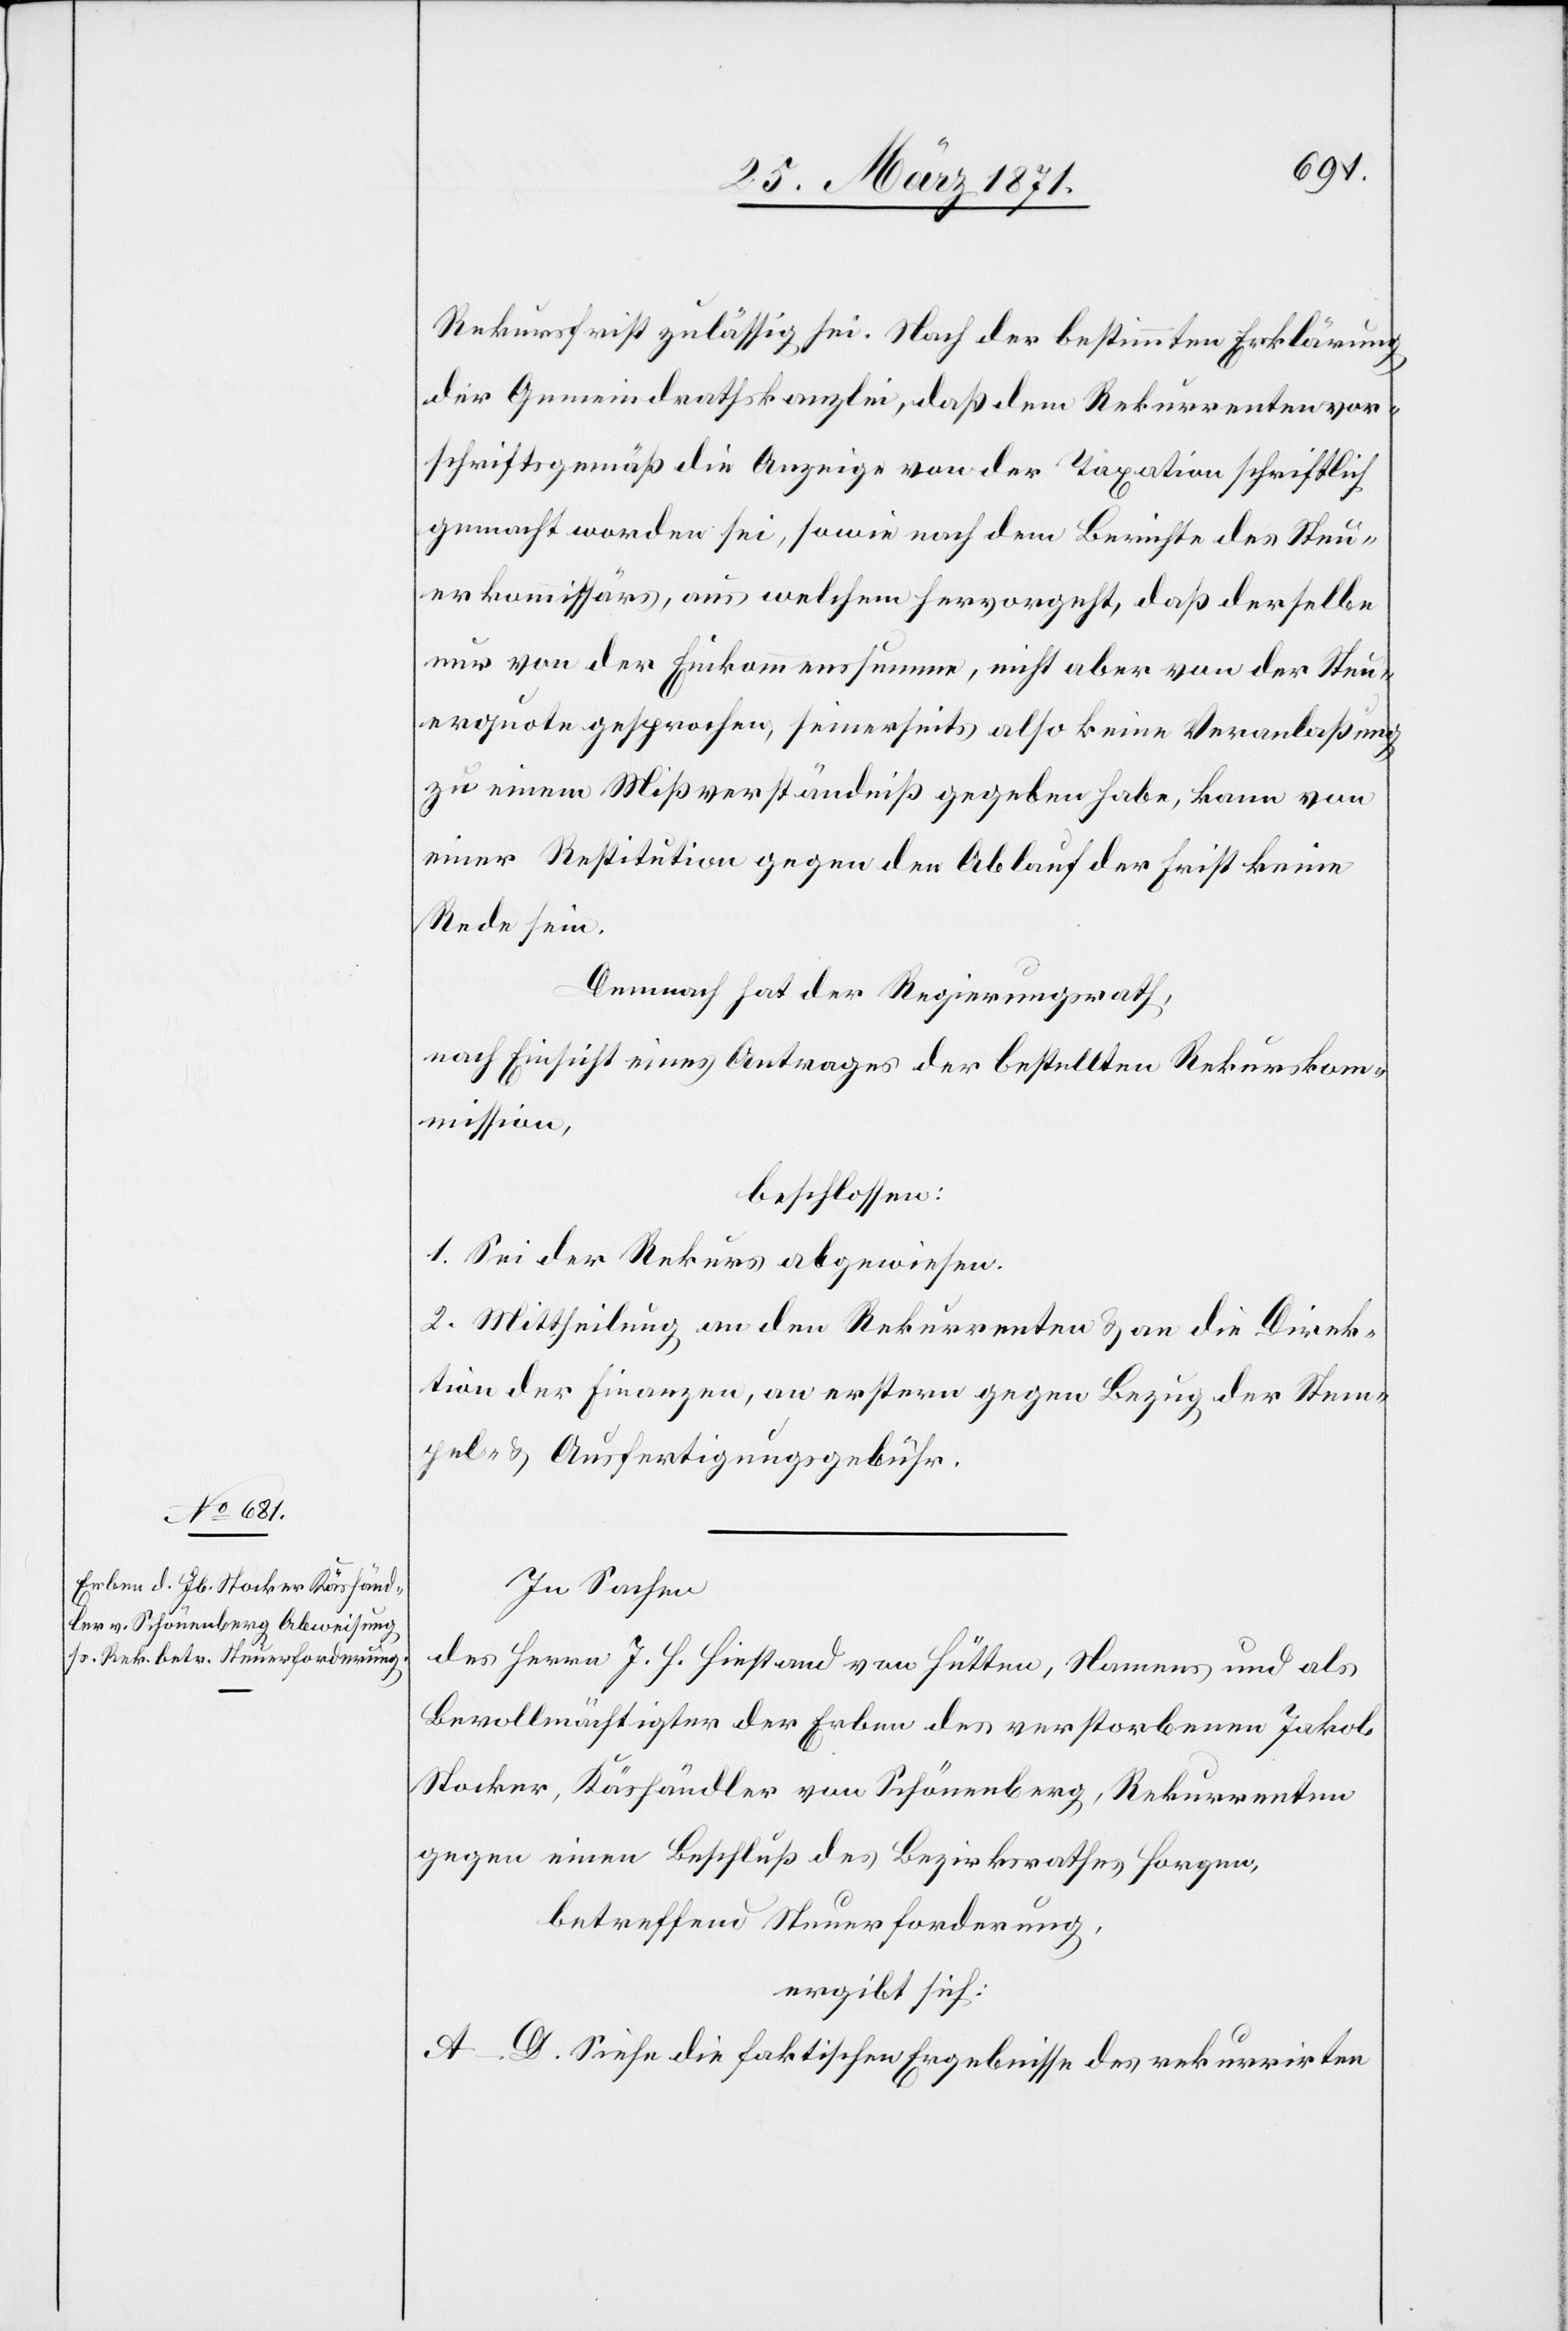
Rekursfrist zulässig sei. Nach der bestimmten Erklärung
der Gemeindrathskanzlei, daß dem Rekurrenten vor¬
schriftsgemäß die Anzeige von der Taxation schriftlich
gemacht worden sei, sowie nach dem Berichte des Steu¬
erkommissärs, aus welchem hervorgeht, daß derselbe
nur von der Einkommenssumme, nicht aber von der Steu¬
erquote gesprochen, seinerseits also keine Veranlaßung
zu einem Mißverständniß gegeben habe, kann von
einer Restitution gegen den Ablauf der Frist keine
Rede sein.
Demnach hat der Regierungsrath,
nach Einsicht eines Antrages der bestellten Rekurskom¬
mission,
beschlossen:
1. Sei der Rekus abgewiesen.
2. Mittheilung an den Rekurrenten u. an die Direk¬
tion der Finanzen, an erstere gegen Bezug der Stem¬
pel- u. Ausfertigungsgebühr.
In Sachen
des Herrn J. H. Hiestand von Hütten, Namens und als
Bevollmächtigter der Erben des verstorbenen Jakob
Stocker, Käshändler von Schönenberg, Rekurrenten
gegen einen Beschluß des Bezirksrathes Horgen,
betreffend Steuerforderung,
ergibt sich:
A–D. Siehe die faktischen Ergebnisse des rekurrirten